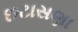
છટાસણા